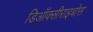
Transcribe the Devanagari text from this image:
डिऑक्सीराइबोस